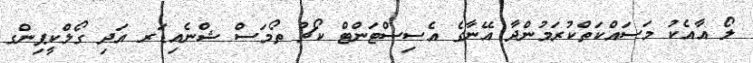
ލޯ އާއެކު މަސައްކަތްކުރަމުންދާ އޭނާގެ އެސިސްޓަންޓް ކޯޗު ތޯމަސް ޝްނެއިޑަރ އަދި ގޯލްކީޕިންގ